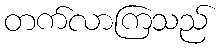
တက်လာကြသည်